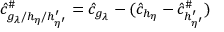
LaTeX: \hat { c } _ { g _ { \lambda } / h _ { \eta } / h _ { \eta ^ { \prime } } ^ { \prime } } ^ { \# } = \hat { c } _ { g _ { \lambda } } - ( \hat { c } _ { h _ { \eta } } - \hat { c } _ { h _ { \eta ^ { \prime } } ^ { \prime } } ^ { \# } )